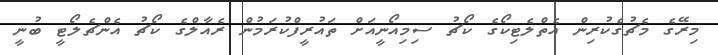
މިރޭގެ މެޗުގެކުރިން އެތްލެޓިކޯގެ ކޯޗު ސިމިއޯނީއަށް ތައުރީފްކުރަމުން ރެއާލްގެ ކޯޗު އެންޗެލޯޓީ ބުނީ